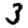
Digit: 3